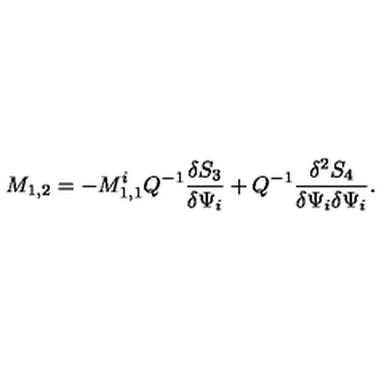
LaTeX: M _ { 1 , 2 } = - M _ { 1 , 1 } ^ { i } Q ^ { - 1 } \frac { \delta S _ { 3 } } { \delta \Psi _ { i } } + Q ^ { - 1 } \frac { \delta ^ { 2 } S _ { 4 } } { \delta \Psi _ { i } \delta \Psi _ { i } } .